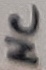
Text: NC